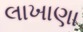
લાખાણા